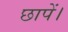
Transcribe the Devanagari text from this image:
छापें।